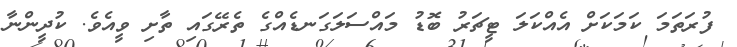
ފުރަތަމަ ކަމަކަށް އެއްކަލަ ޓީޗަރު ބޮޑު މައްސަލަގަނޑެއްގެ ތެރޭގައި ތާށި ވީއެވެ. ކުދީންނާ